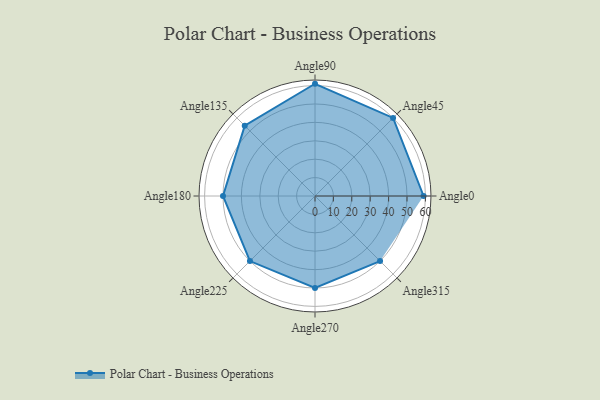
{"axis": {"x": "Angle", "y": "Radius"}, "legend": [""], "data": [{"x": "Angle0", "y": 59.0, "type": ""}, {"x": "Angle45", "y": 60.0, "type": ""}, {"x": "Angle90", "y": 61.0, "type": ""}, {"x": "Angle135", "y": 54.0, "type": ""}, {"x": "Angle180", "y": 50, "type": ""}, {"x": "Angle225", "y": 50.0, "type": ""}, {"x": "Angle270", "y": 50, "type": ""}, {"x": "Angle315", "y": 50, "type": ""}]}